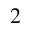
_ { 2 }